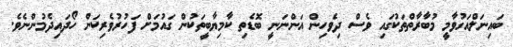
ބައިނަލްއަގުވާމީ މުބާރާތްތަކުގައި ވެސް ދިވެހިން އަންނަނީ ބޮޑެތި ކާމިޔާބީތަކުން ގައުމަށް ފަހުރުވެރިކަން ހޯދައިދެމުންނެވެ.